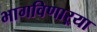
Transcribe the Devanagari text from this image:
भागविणाऱ्या